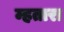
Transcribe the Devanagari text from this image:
म्हतारा